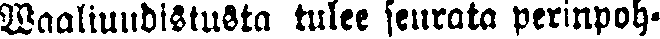
Waaliuudistusta tulee seurata perinpoh-